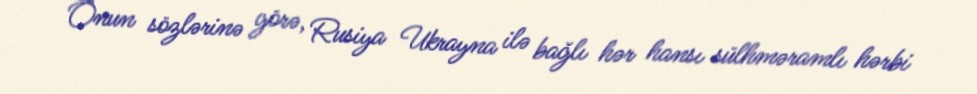
Onun sözlərinə görə, Rusiya Ukrayna ilə bağlı hər hansı sülhməramlı hərbi